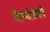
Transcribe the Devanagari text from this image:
देहदंडही